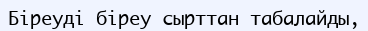
Біреуді біреу сырттан табалайды,